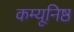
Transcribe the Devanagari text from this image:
कम्यूनिष्ठ